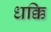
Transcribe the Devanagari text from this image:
धक्कि